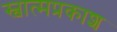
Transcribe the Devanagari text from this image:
स्वात्मप्रकाश